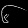
Digit: ၆